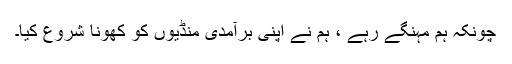
چونکہ ہم مہنگے رہے ، ہم نے اپنی برآمدی منڈیوں کو کھونا شروع کیا۔